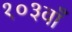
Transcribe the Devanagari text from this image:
१०३वाँ